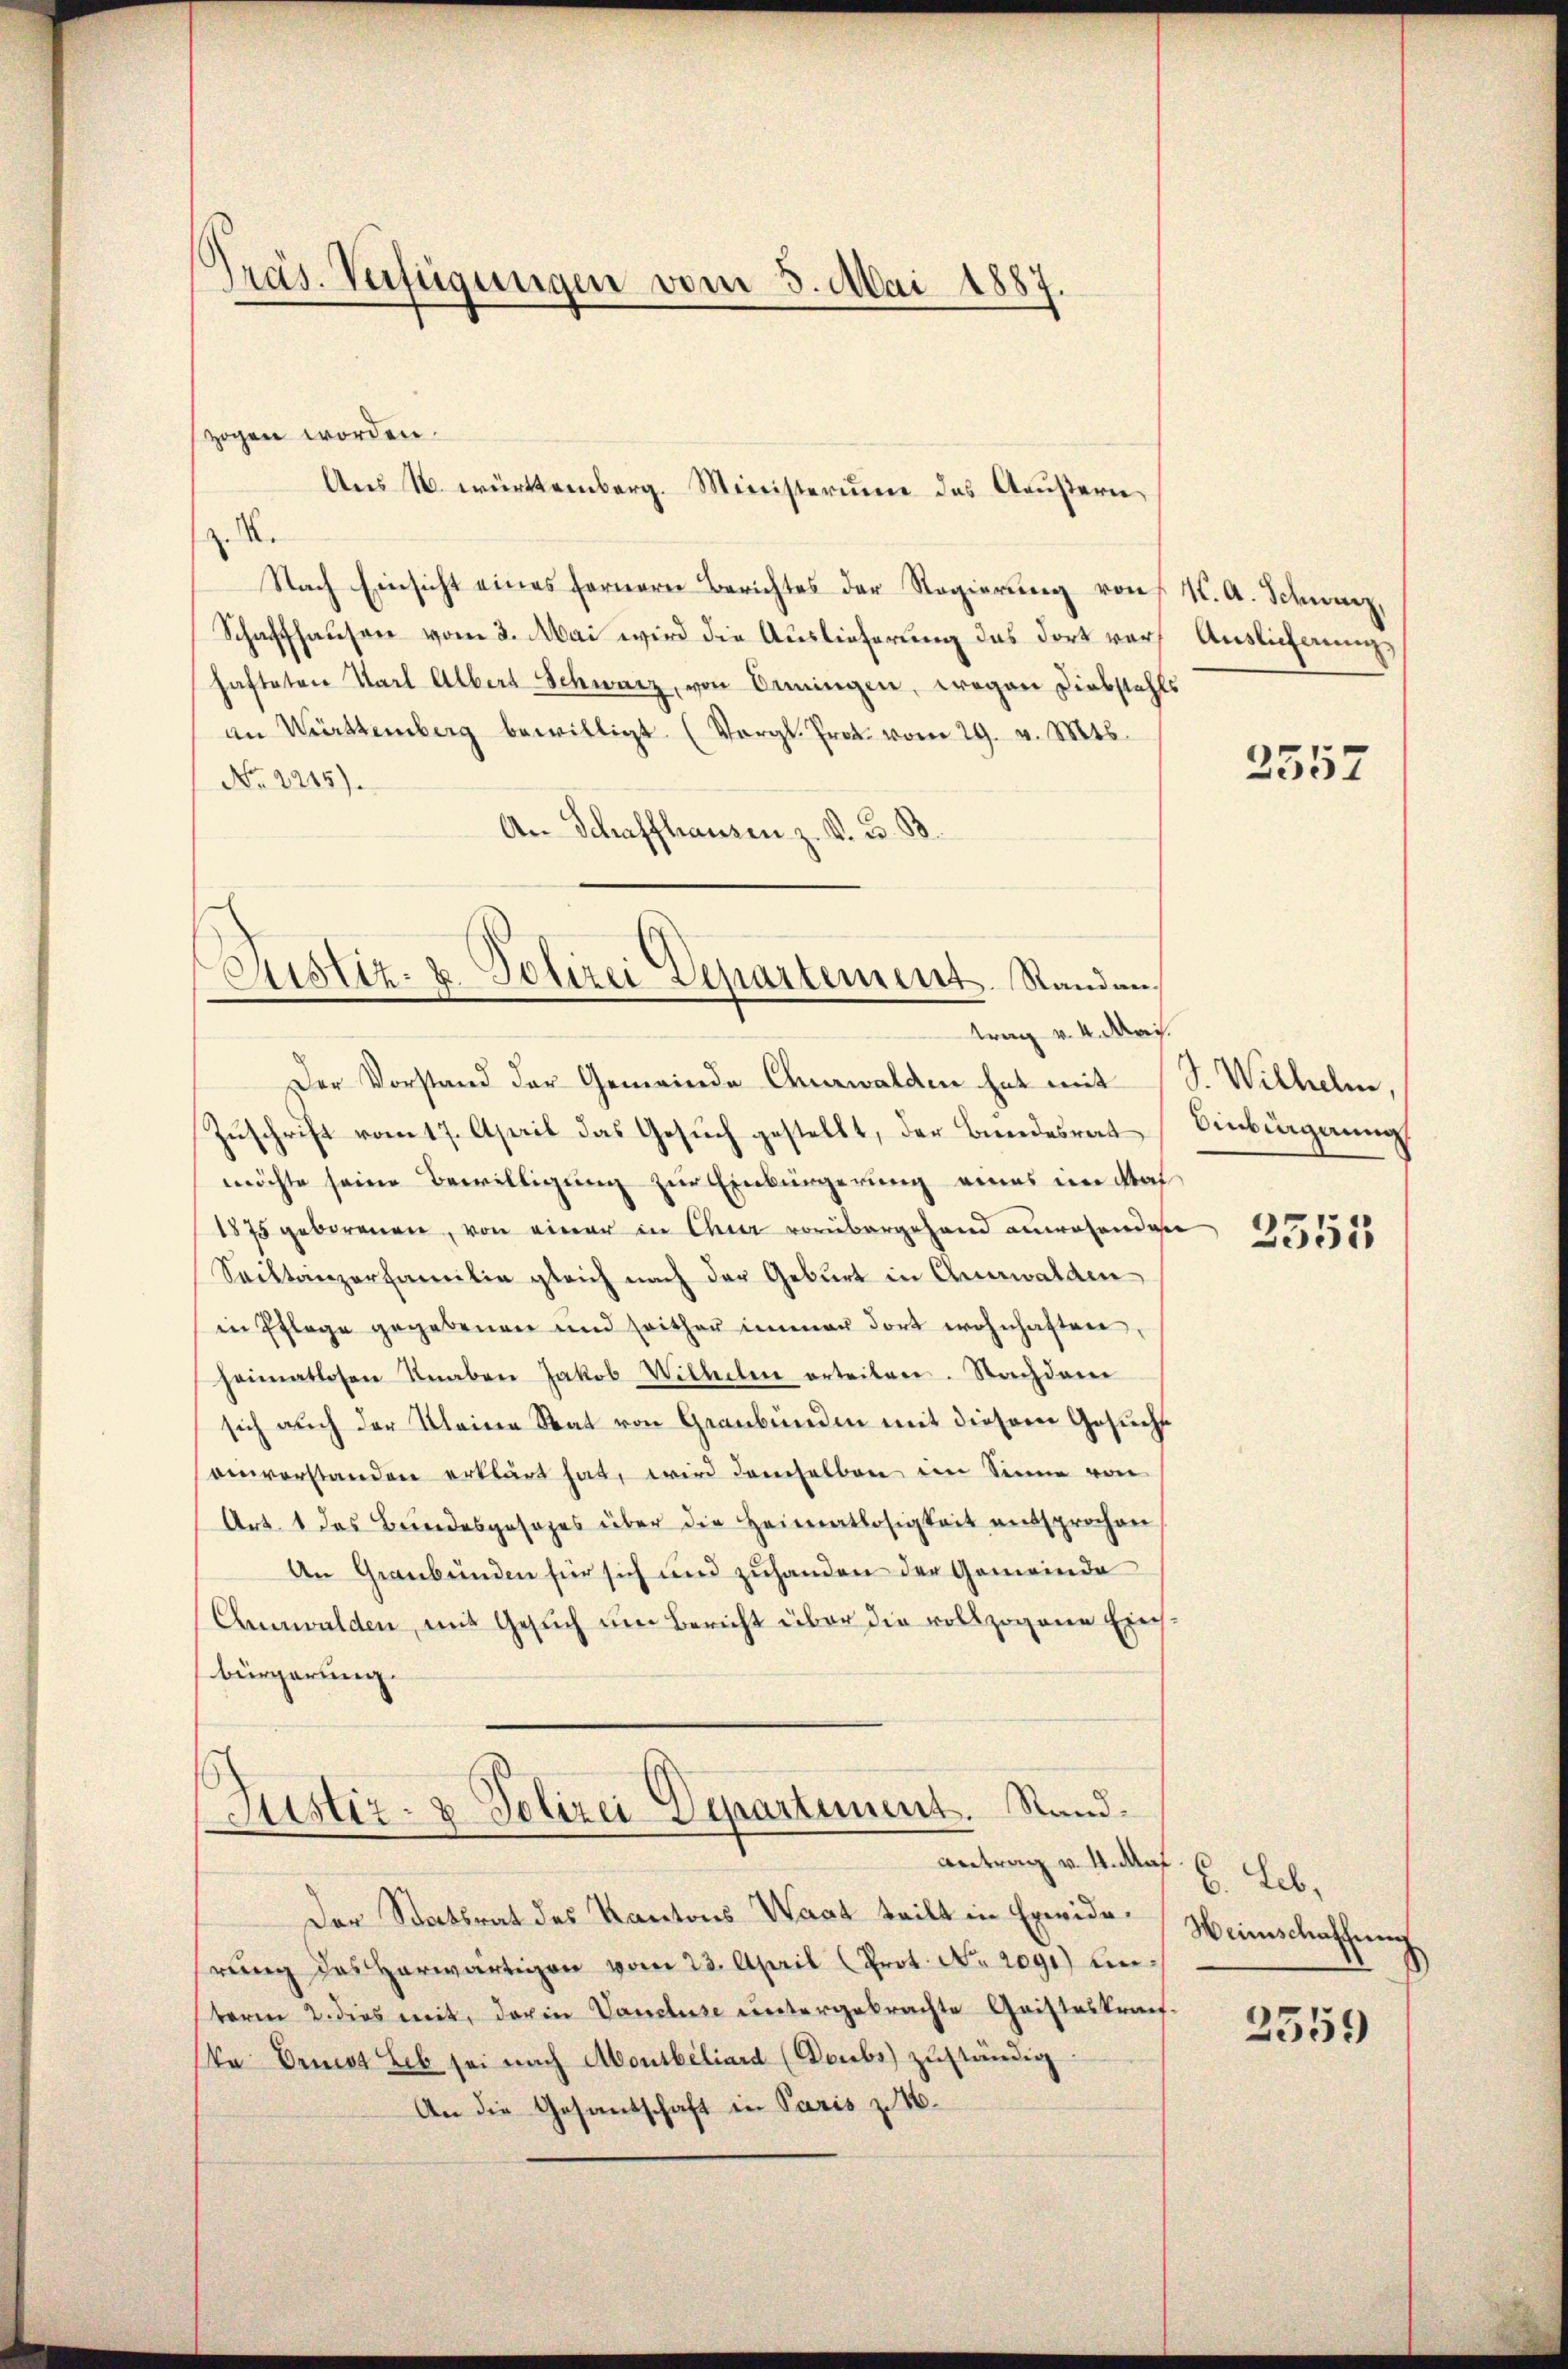
Präs. Verfügungen vom 3. Mai 1887.

zogen worden.
z. S.
Nach Einsicht eines fernern Berichtes der Regierung von K. A. Schweiz,
Schaffhausen vom 2. Mai wird die Auslieferung das dort vor Auslicherungs
hafteten Karl Albert Schwarz, von Semingen, wegen Diebstahls
an Württemberg bewilligt. (Vergl. Prot. vom 29. v. Mts.
No. 2215).
An Schaffhausen z. K. B. B.

Aus N. württemberg. Ministerium des Aeußern,

Justiz- & Polizei Departement. Randan
trag v. 4. Mai.
Der Vorstand der Gemeinde Churwalden hat mit (S. Wilhelm,

Justiz- & Polizei Departement. Standantrag v. M. das E. Leb

Zuschrift vom 17. April das Gesuch gestellt, der Bundesrat Einbignung
möchte seine Bewilligung zur Einbürgerung eines in Mas
1875 geborenen, von einer in Chur vorübergehend anwesendere
Saiktänzerfamilie gleich nach der Geburt in Auswalden
in Pflege gegebenen und seither immer dort wohnhaften,
heimatlosen Knaben Jakob Wilhellen erteilen. Nachdem
sich auch der Kleine Stat von Graubünden mit diesem Gesucht
eivorstanden erklärt hat, wird demselben im Sinne von
Art. 1 das Bundesgesages über die Heimatlosigkeit entsprochen
An Graubünden für sich und zuhanden der Gemeinde
Canwalden, mit Gesuch um Bericht über die vollzogenen Einsbürgerung.

Der Statsrat des Kantons Wast teilt in Erwiderung das herwärtigen vom 23. April (Prot. No. 2091) unterm 2. dies mit, darin Vandluse untergebrachte Geisteskranka Ernst Leb sei nach Abonibeliard (Doubs) zuständig
An die Gesandschaft in Paris zu 16.

2557

2355

Weinschaffung
2559